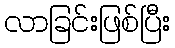
လာခြင်းဖြစ်ပြီး